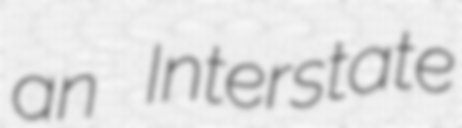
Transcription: an Interstate